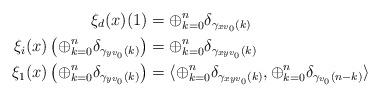
LaTeX: \begin{align*}\xi_d(x)(1) &= \oplus_{k=0}^n \delta_{\gamma_{xv_0}(k)}\\\xi_i(x)\left (\oplus_{k=0}^n\delta_{\gamma_{yv_0}(k)}\right ) &= \oplus_{k=0}^n\delta_{\gamma_{xyv_0}(k)}\\\xi_1(x)\left (\oplus_{k=0}^n\delta_{\gamma_{yv_0}(k)}\right ) &= \langle\oplus_{k=0}^n\delta_{\gamma_{xyv_0}(k)}, \oplus_{k=0}^n \delta_{\gamma_{v_0}(n-k)} \rangle\end{align*}